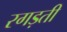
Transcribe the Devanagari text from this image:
रगड़ती